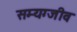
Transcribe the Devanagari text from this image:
सम्यग्जीव